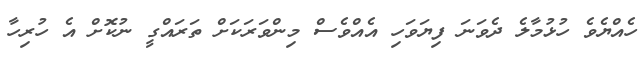
ހެއްޔެވެ ހުޅުމާލެ ދެވަނަ ފިޔަވަހި އެއްވެސް މިންވަރަކަށް ތަރައްގީ ނުކޮށް އެ ހުރިހާ